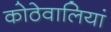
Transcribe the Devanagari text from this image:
कोठेवालियां